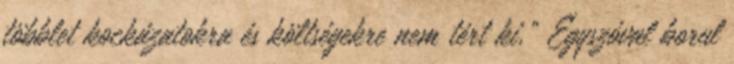
többlet kockázatokra és költségekre nem tért ki.” Egyszóval borul